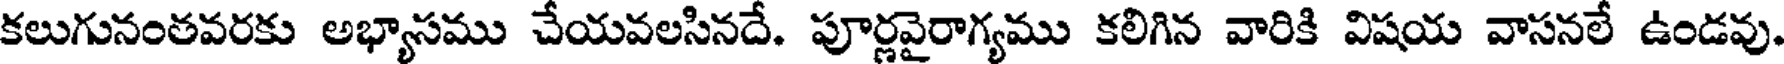
కలుగునంతవరకు అభ్యాసము చేయవలసినదే. పూర్ణవైరాగ్యము కలిగిన వారికి విషయ వాసనలే ఉండవు.